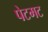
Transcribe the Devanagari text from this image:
पेटमट